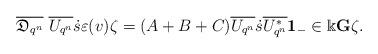
LaTeX: \begin{align*}\overline{\mathfrak{D}_{q^n}}\ \overline{U_{q^n}}\dot{s}\varepsilon(v)\zeta=(A+B+C) \overline{U_{q^n}} \dot{s} \overline{U^*_{q^n}}{\bf 1}_{-} \in \Bbbk {\bf G}\zeta.\end{align*}